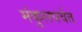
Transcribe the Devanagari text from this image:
मंकुलपर्वत